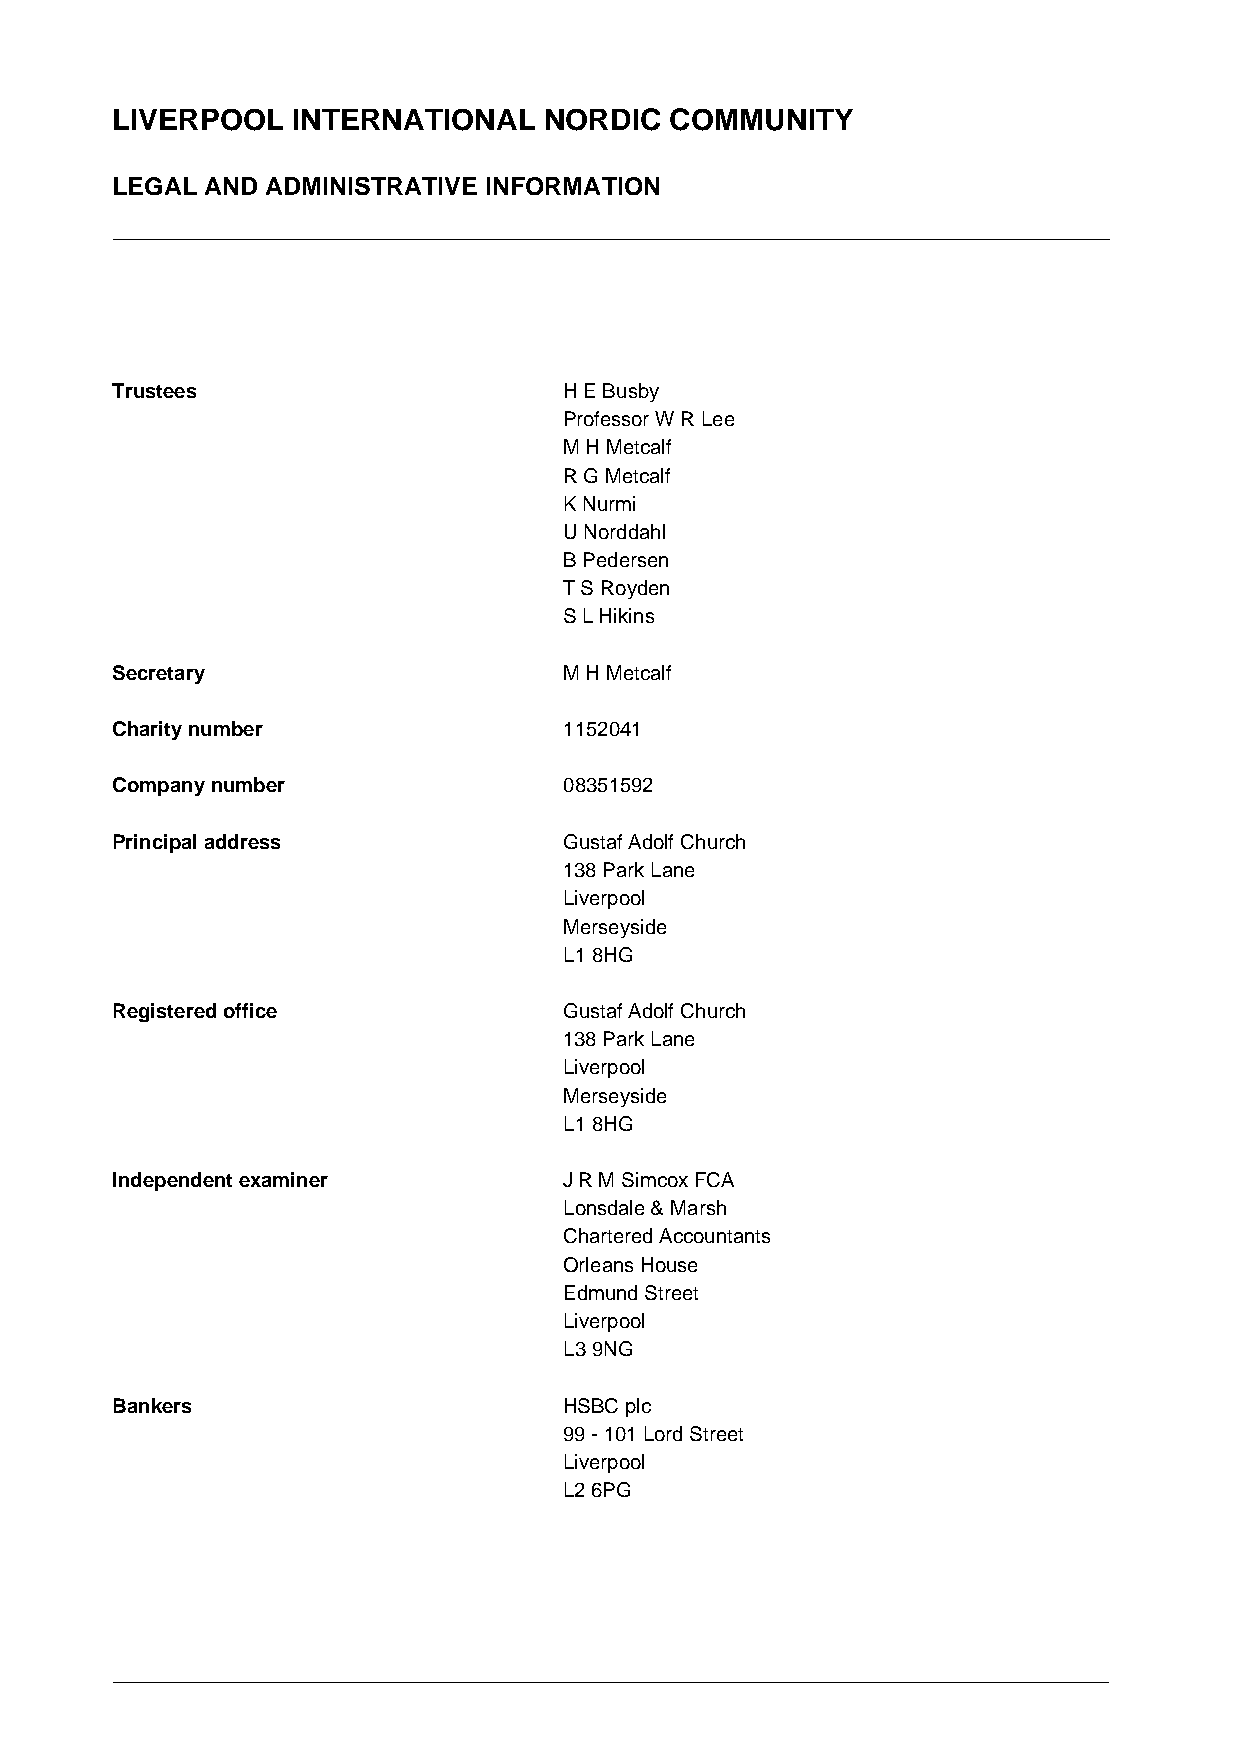
LIVERPOOL   INTERNATIONAL    NORDIC  COMMUNITY
 LEGAL  AND ADMINISTRATIVE INFORMATION
 Trustees                      H E Busby
 Professor W R Lee
 M H Metcalf
 R G Metcalf
 K Nurmi
 U Norddahl
 B Pedersen
 T S Royden
 S L Hikins
 Secretary                     M H Metcalf
 Charity number                1152041
 Company number                08351592
 Principal address             Gustaf Adolf Church
 138 Park Lane
 Liverpool
 Merseyside
 L1 8HG
 Registered office             Gustaf Adolf Church
 138 Park Lane
 Liverpool
 Merseyside
 L1 8HG
 Independent examiner          J R M Simcox FCA
 Lonsdale & Marsh
 Chartered Accountants
 Orleans House
 Edmund Street
 Liverpool
 L3 9NG
 Bankers                       HSBC plc
 99 - 101 Lord Street
 Liverpool
 L2 6PG